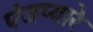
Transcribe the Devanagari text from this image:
पंजप्यारे